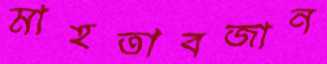
মাহতাবজান